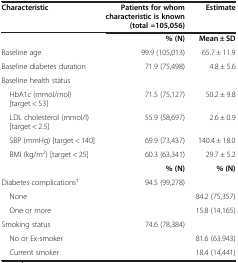
| Characteristic | Patients for whom characteristic is known (total =105,056) | Estimate |
 | --- | --- | --- |
 |  | % (N) | Mean ± SD |
 | Baseline age | 99.9 (105,013) | 65.7 ± 11.9 |
 | Baseline diabetes duration | 71.9 (75,498) | 4.8 ± 5.6 |
 | Baseline health status |  |  |
 | HbA1c (mmol/mol) [target < 53] | 71.5 (75,127) | 50.2 ± 9.8 |
 | LDL cholesterol (mmol/l) [target < 2.5] | 55.9 (58,697) | 2.6 ± 0.9 |
 | SBP (mmHg) [target < 140] | 69.9 (73,437) | 140.4 ± 18.0 |
 | BMI (kg/m2) [target < 25] | 60.3 (63,341) | 29.7 ± 5.2 |
 |  | % (N) | % (N) |
 | Diabetes complications† | 94.5 (99,278) |  |
 | None |  | 84.2 (75,357) |
 | One or more |  | 15.8 (14,165) |
 | Smoking status | 74.6 (78,384) |  |
 | No or Ex-smoker |  | 81.6 (63,943) |
 | Current smoker |  | 18.4 (14,441) |